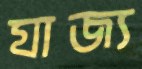
যাজ্য